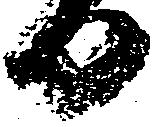
日